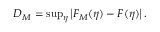
\begin{array} { r } { D _ { M } = \operatorname* { s u p } _ { \eta } \left| F _ { M } ( \eta ) - F ( \eta ) \right| . } \end{array}